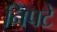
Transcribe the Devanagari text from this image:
निपटे